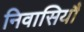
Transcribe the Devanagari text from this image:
निवासियौं